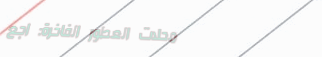
محلات العطور الفاخرة: اجع